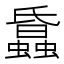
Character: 𧓢